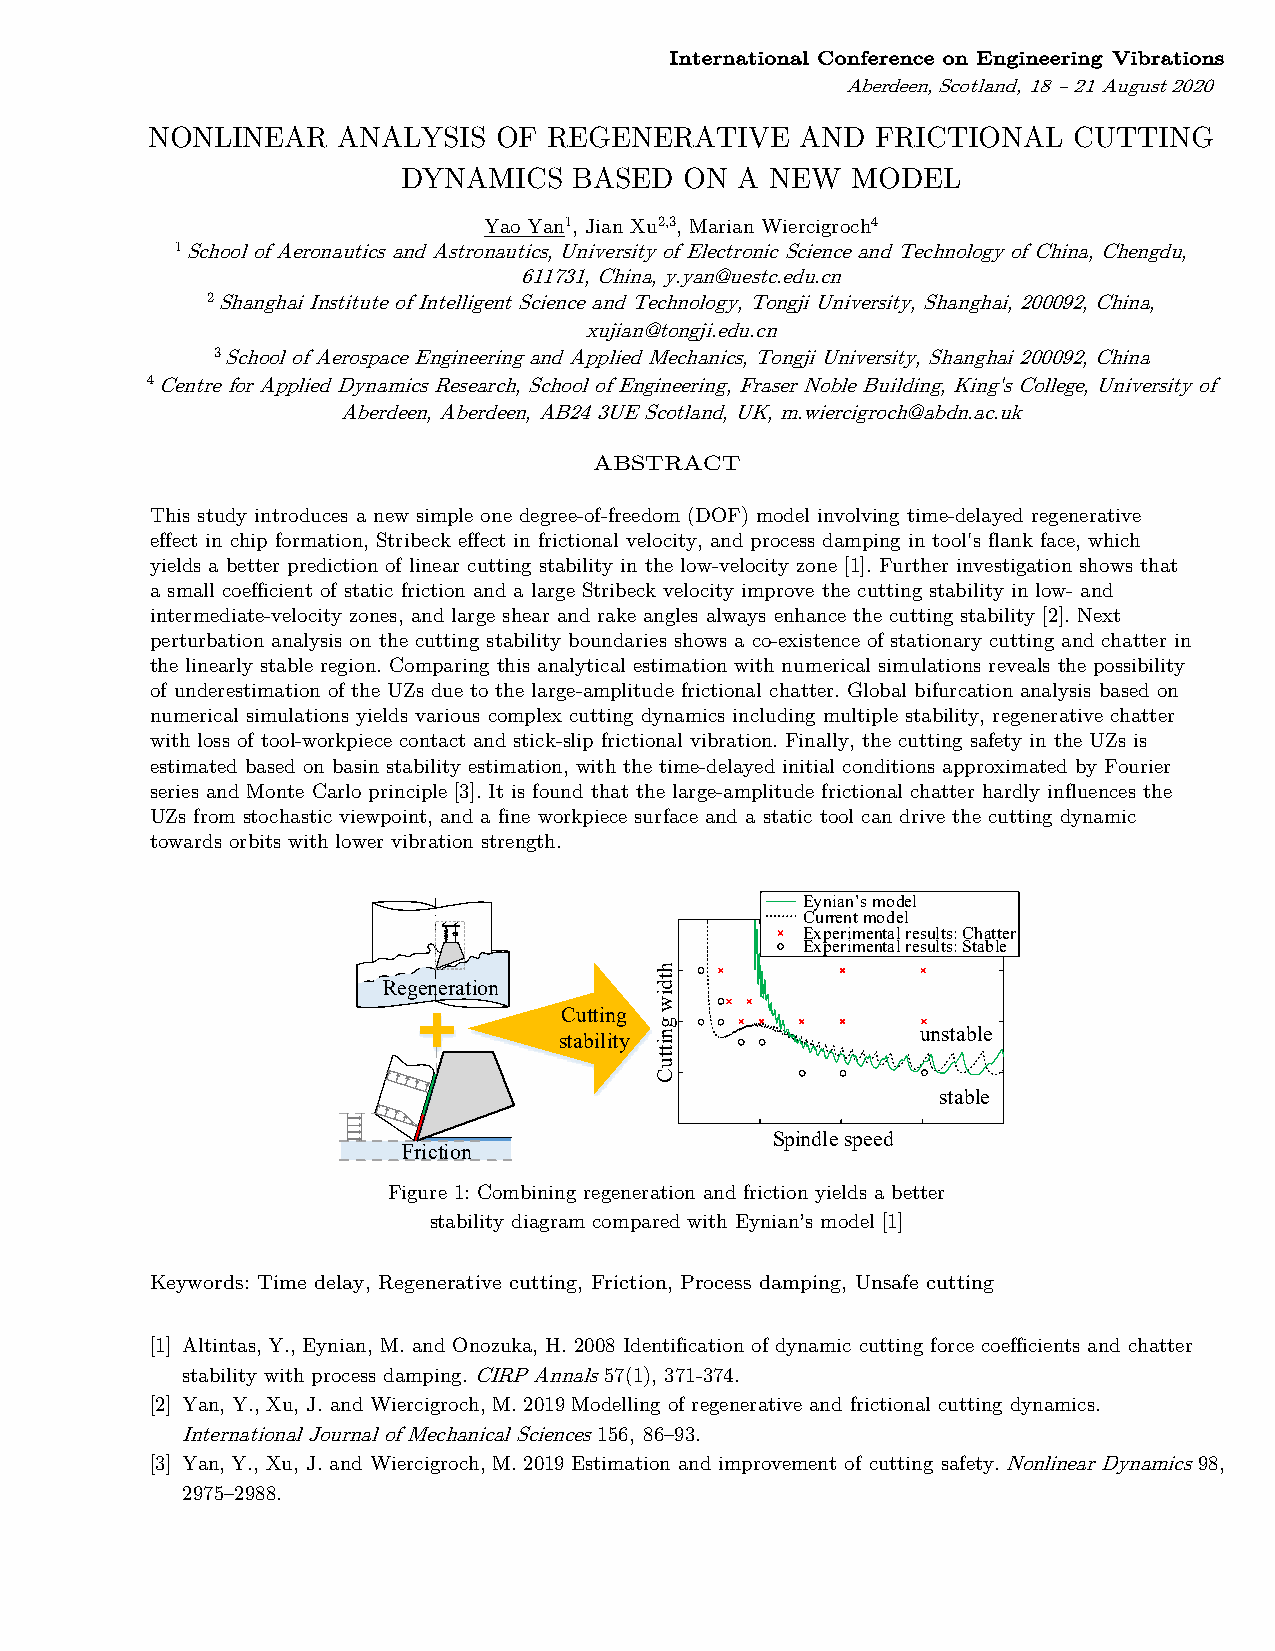
International Conference on Engineering Vibrations
 Aberdeen, Scotland, 18 – 21 August 2020
 NONLINEAR   ANALYSIS   OF REGENERATIVE     AND  FRICTIONAL   CUTTING
 DYNAMICS   BASED  ON  A NEW  MODEL
 Yao Yan1, Jian Xu2,3, Marian Wiercigroch4
 1 School of Aeronautics and Astronautics, University of Electronic Science and Technology of China, Chengdu,
 611731, China, y.yan@uestc.edu.cn
 2 Shanghai Institute of Intelligent Science and Technology, Tongji University, Shanghai, 200092, China,
 xujian@tongji.edu.cn
 3 School of Aerospace Engineering and Applied Mechanics, Tongji University, Shanghai 200092, China
 4 Centre for Applied Dynamics Research, School of Engineering, Fraser Noble Building, King's College, University of
 Aberdeen, Aberdeen, AB24 3UE Scotland, UK, m.wiercigroch@abdn.ac.uk
 ABSTRACT
 This study introduces a new simple one degree-of-freedom (DOF) model involving time-delayed regenerative
 effect in chip formation, Stribeck effect in frictional velocity, and process damping in tool's flank face, which
 yields a better prediction of linear cutting stability in the low-velocity zone [1]. Further investigation shows that
 a small coefficient of static friction and a large Stribeck velocity improve the cutting stability in low- and
 intermediate-velocity zones, and large shear and rake angles always enhance the cutting stability [2]. Next
 perturbation analysis on the cutting stability boundaries shows a co-existence of stationary cutting and chatter in
 the linearly stable region. Comparing this analytical estimation with numerical simulations reveals the possibility
 of underestimation of the UZs due to the large-amplitude frictional chatter. Global bifurcation analysis based on
 numerical simulations yields various complex cutting dynamics including multiple stability, regenerative chatter
 with loss of tool-workpiece contact and stick-slip frictional vibration. Finally, the cutting safety in the UZs is
 estimated based on basin stability estimation, with the time-delayed initial conditions approximated by Fourier
 series and Monte Carlo principle [3]. It is found that the large-amplitude frictional chatter hardly influences the
 UZs from stochastic viewpoint, and a fine workpiece surface and a static tool can drive the cutting dynamic
 towards orbits with lower vibration strength.
 Eynian’s model
 Current model
 Experimental results: Chatter
 Experimental results: Stable
 Regeneration
 Cutting
 unstable
 stability
 stable
 Spindle speed
 Friction
 Figure 1: Combining regeneration and friction yields a better
 stability diagram compared with Eynian’s model [1]
 Keywords: Time delay, Regenerative cutting, Friction, Process damping, Unsafe cutting
 [1] Altintas, Y., Eynian, M. and Onozuka, H. 2008 Identification of dynamic cutting force coefficients and chatter
 stability with process damping. CIRP Annals 57(1), 371-374.
 [2] Yan, Y., Xu, J. and Wiercigroch, M. 2019 Modelling of regenerative and frictional cutting dynamics.
 International Journal of Mechanical Sciences 156, 86–93.
 [3] Yan, Y., Xu, J. and Wiercigroch, M. 2019 Estimation and improvement of cutting safety. Nonlinear Dynamics 98,
 2975–2988.
 htdiw
 gnittuC